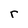
Character: r